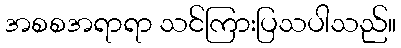
အစစအရာရာ သင်ကြားပြသပါသည်။